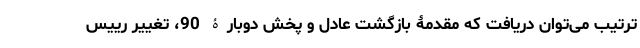
ترتیب می‌توان دریافت که مقدمۀ بازگشت عادل و پخش دوبارۀ 90، تغییر رییس